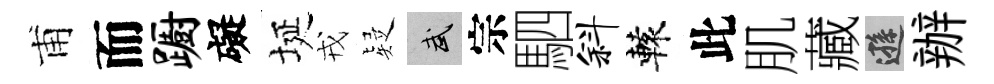
甫而蹰礙埏戎疑武宗駟斜轅此肌藏遜辦